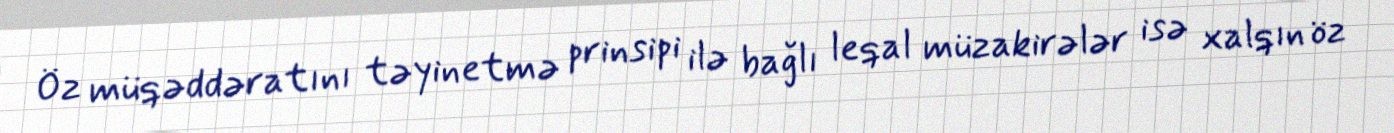
Öz müqəddəratını təyinetmə prinsipi ilə bağlı leqal müzakirələr isə xalqın öz